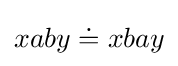
xaby\doteq xbay